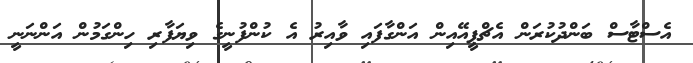
އެސްޓާސް ބަންދުކުރަން އެޗްޕީއޭއިން އަންގާފައި ވާއިރު އެ ކުންފުނީގެ ވިޔަފާރި ހިންގަމުން އަންނަނީ